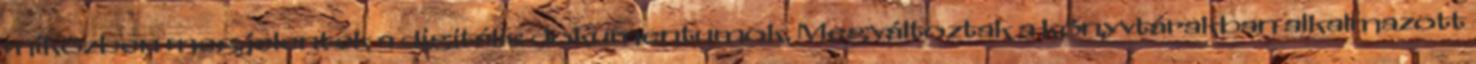
miközben megjelentek a digitális dokumentumok. Megváltoztak a könyvtárakban alkalmazott